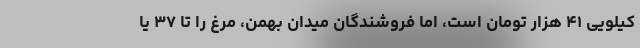
کیلویی ۴۱ هزار تومان است، اما فروشندگان میدان بهمن، مرغ را تا ۳۷ یا